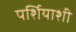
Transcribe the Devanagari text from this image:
पर्शियाशी